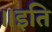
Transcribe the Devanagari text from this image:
॥इति